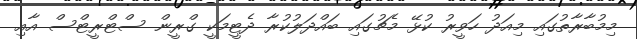
މިމުބާރާތުގައި މިއަދު ހަވީރު ކުޅޭ މެޗުގައި ބައްދަލުކުރާ ދެޓީމަކީ ގްރީން ސްޓްރީޓްސް އާއި